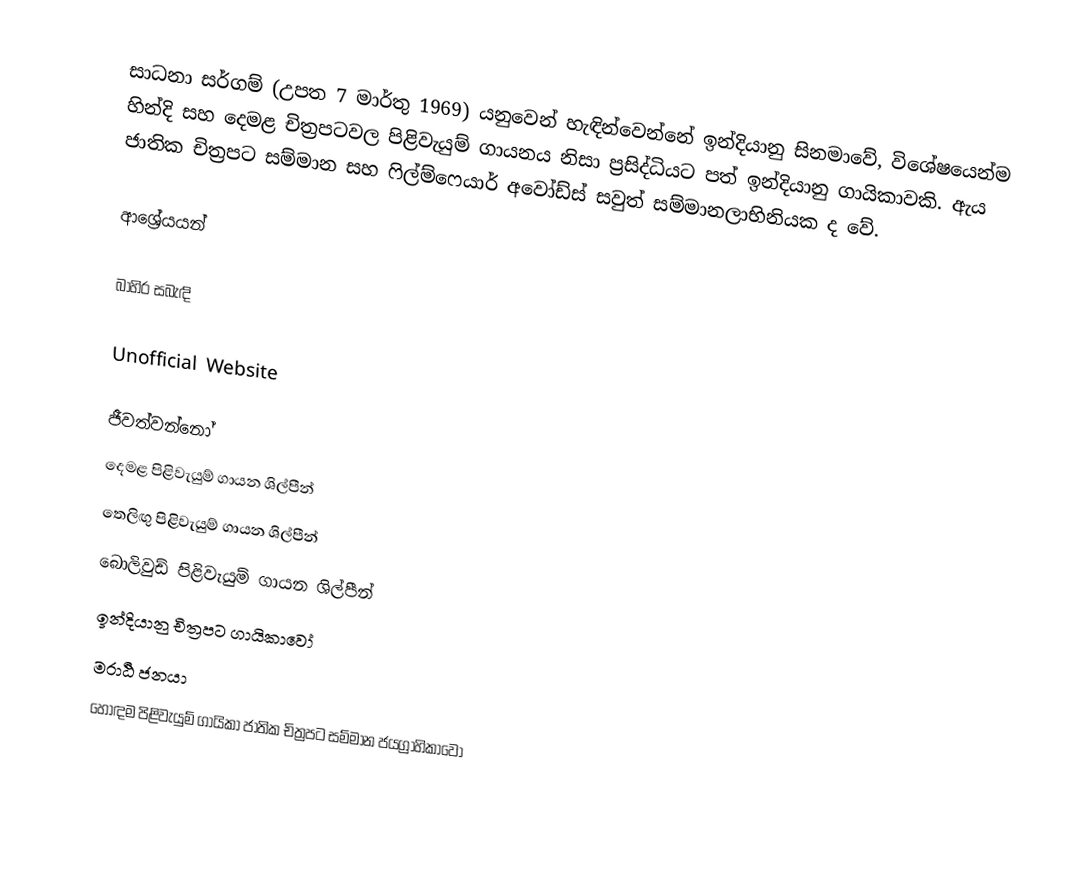
සාධනා සර්ගම් (උපත 7 මාර්තු 1969) යනුවෙන් හැඳින්වෙන්නේ ඉන්දියානු සිනමාවේ, විශේෂයෙන්ම හින්දි සහ දෙමළ චිත්‍රපටවල පිළිවැයුම් ගායනය නිසා ප්‍රසිද්ධියට පත් ඉන්දියානු ගායිකාවකි. ඇය ජාතික චිත්‍රපට සම්මාන සහ ෆිල්ම්ෆෙයාර් අවෝඩ්ස් සවුත් සම්මානලාභිනියක ද වේ.

ආශ්‍රේයයන්

බාහිර සබැඳි

 Unofficial Website

ජීවත්වන්නෝ
දෙමළ පිළිවැයුම් ගායන ශිල්පීන්
තෙලිඟු පිළිවැයුම් ගායන ශිල්පීන්
බොලිවුඩ් පිළිවැයුම් ගායන ශිල්පීන්
ඉන්දියානු චිත්‍රපට ගායිකාවෝ
මරාඨි ජනයා
හොඳම පිළිවැයුම් ගායිකා ජාතික චිත්‍රපට සම්මාන ජයග්‍රාහිකාවෝ